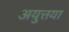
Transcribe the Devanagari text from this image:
अयुत्तया